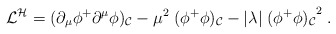
\begin{align*}{\cal L}^{\cal H} = (\partial_{\mu} \phi^{+} \partial^{\mu} \phi)_{\cal C}- \mu^{2} \; (\phi^{+} \phi)_{\cal C}- \vert \lambda \vert \; {(\phi^{+} \phi)_{\cal C}}^{2} \; .\end{align*}